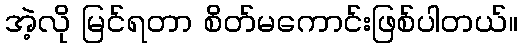
အဲ့လို မြင်ရတာ စိတ်မကောင်းဖြစ်ပါတယ်။